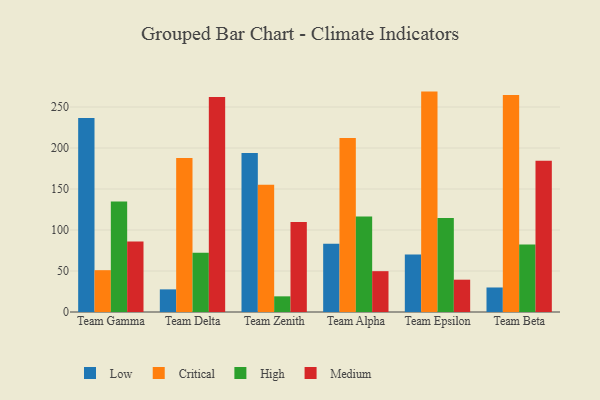
{"axis": {"x": "Team", "y": "Humidity (%)"}, "legend": ["Critical", "High", "Low", "Medium"], "data": [{"x": "Team Gamma", "y": 236.5, "type": "Low"}, {"x": "Team Gamma", "y": 51.0, "type": "Critical"}, {"x": "Team Gamma", "y": 134.8, "type": "High"}, {"x": "Team Gamma", "y": 86.1, "type": "Medium"}, {"x": "Team Delta", "y": 27.6, "type": "Low"}, {"x": "Team Delta", "y": 187.8, "type": "Critical"}, {"x": "Team Delta", "y": 72.3, "type": "High"}, {"x": "Team Delta", "y": 262.3, "type": "Medium"}, {"x": "Team Zenith", "y": 194.0, "type": "Low"}, {"x": "Team Zenith", "y": 155.2, "type": "Critical"}, {"x": "Team Zenith", "y": 19.1, "type": "High"}, {"x": "Team Zenith", "y": 109.9, "type": "Medium"}, {"x": "Team Alpha", "y": 83.3, "type": "Low"}, {"x": "Team Alpha", "y": 212.2, "type": "Critical"}, {"x": "Team Alpha", "y": 116.5, "type": "High"}, {"x": "Team Alpha", "y": 49.8, "type": "Medium"}, {"x": "Team Epsilon", "y": 70.1, "type": "Low"}, {"x": "Team Epsilon", "y": 268.8, "type": "Critical"}, {"x": "Team Epsilon", "y": 114.5, "type": "High"}, {"x": "Team Epsilon", "y": 39.4, "type": "Medium"}, {"x": "Team Beta", "y": 29.9, "type": "Low"}, {"x": "Team Beta", "y": 264.6, "type": "Critical"}, {"x": "Team Beta", "y": 82.2, "type": "High"}, {"x": "Team Beta", "y": 184.4, "type": "Medium"}]}